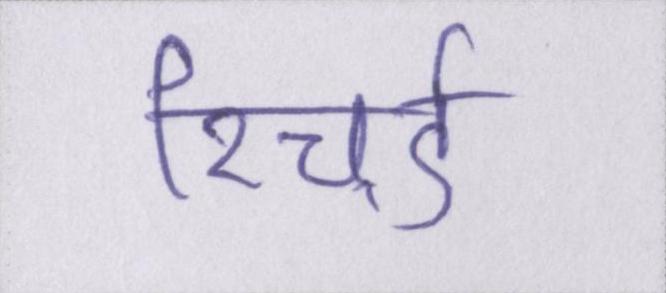
रिचर्ड